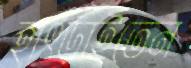
হাৎড়াইতেন